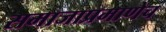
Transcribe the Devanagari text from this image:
समाजाप्रमाणेच